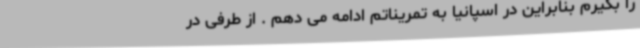
را بگیرم بنابراین در اسپانیا به تمریناتم ادامه می دهم . از طرفی در